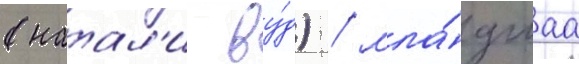
(натал'и ву́д) / мла́дшаа